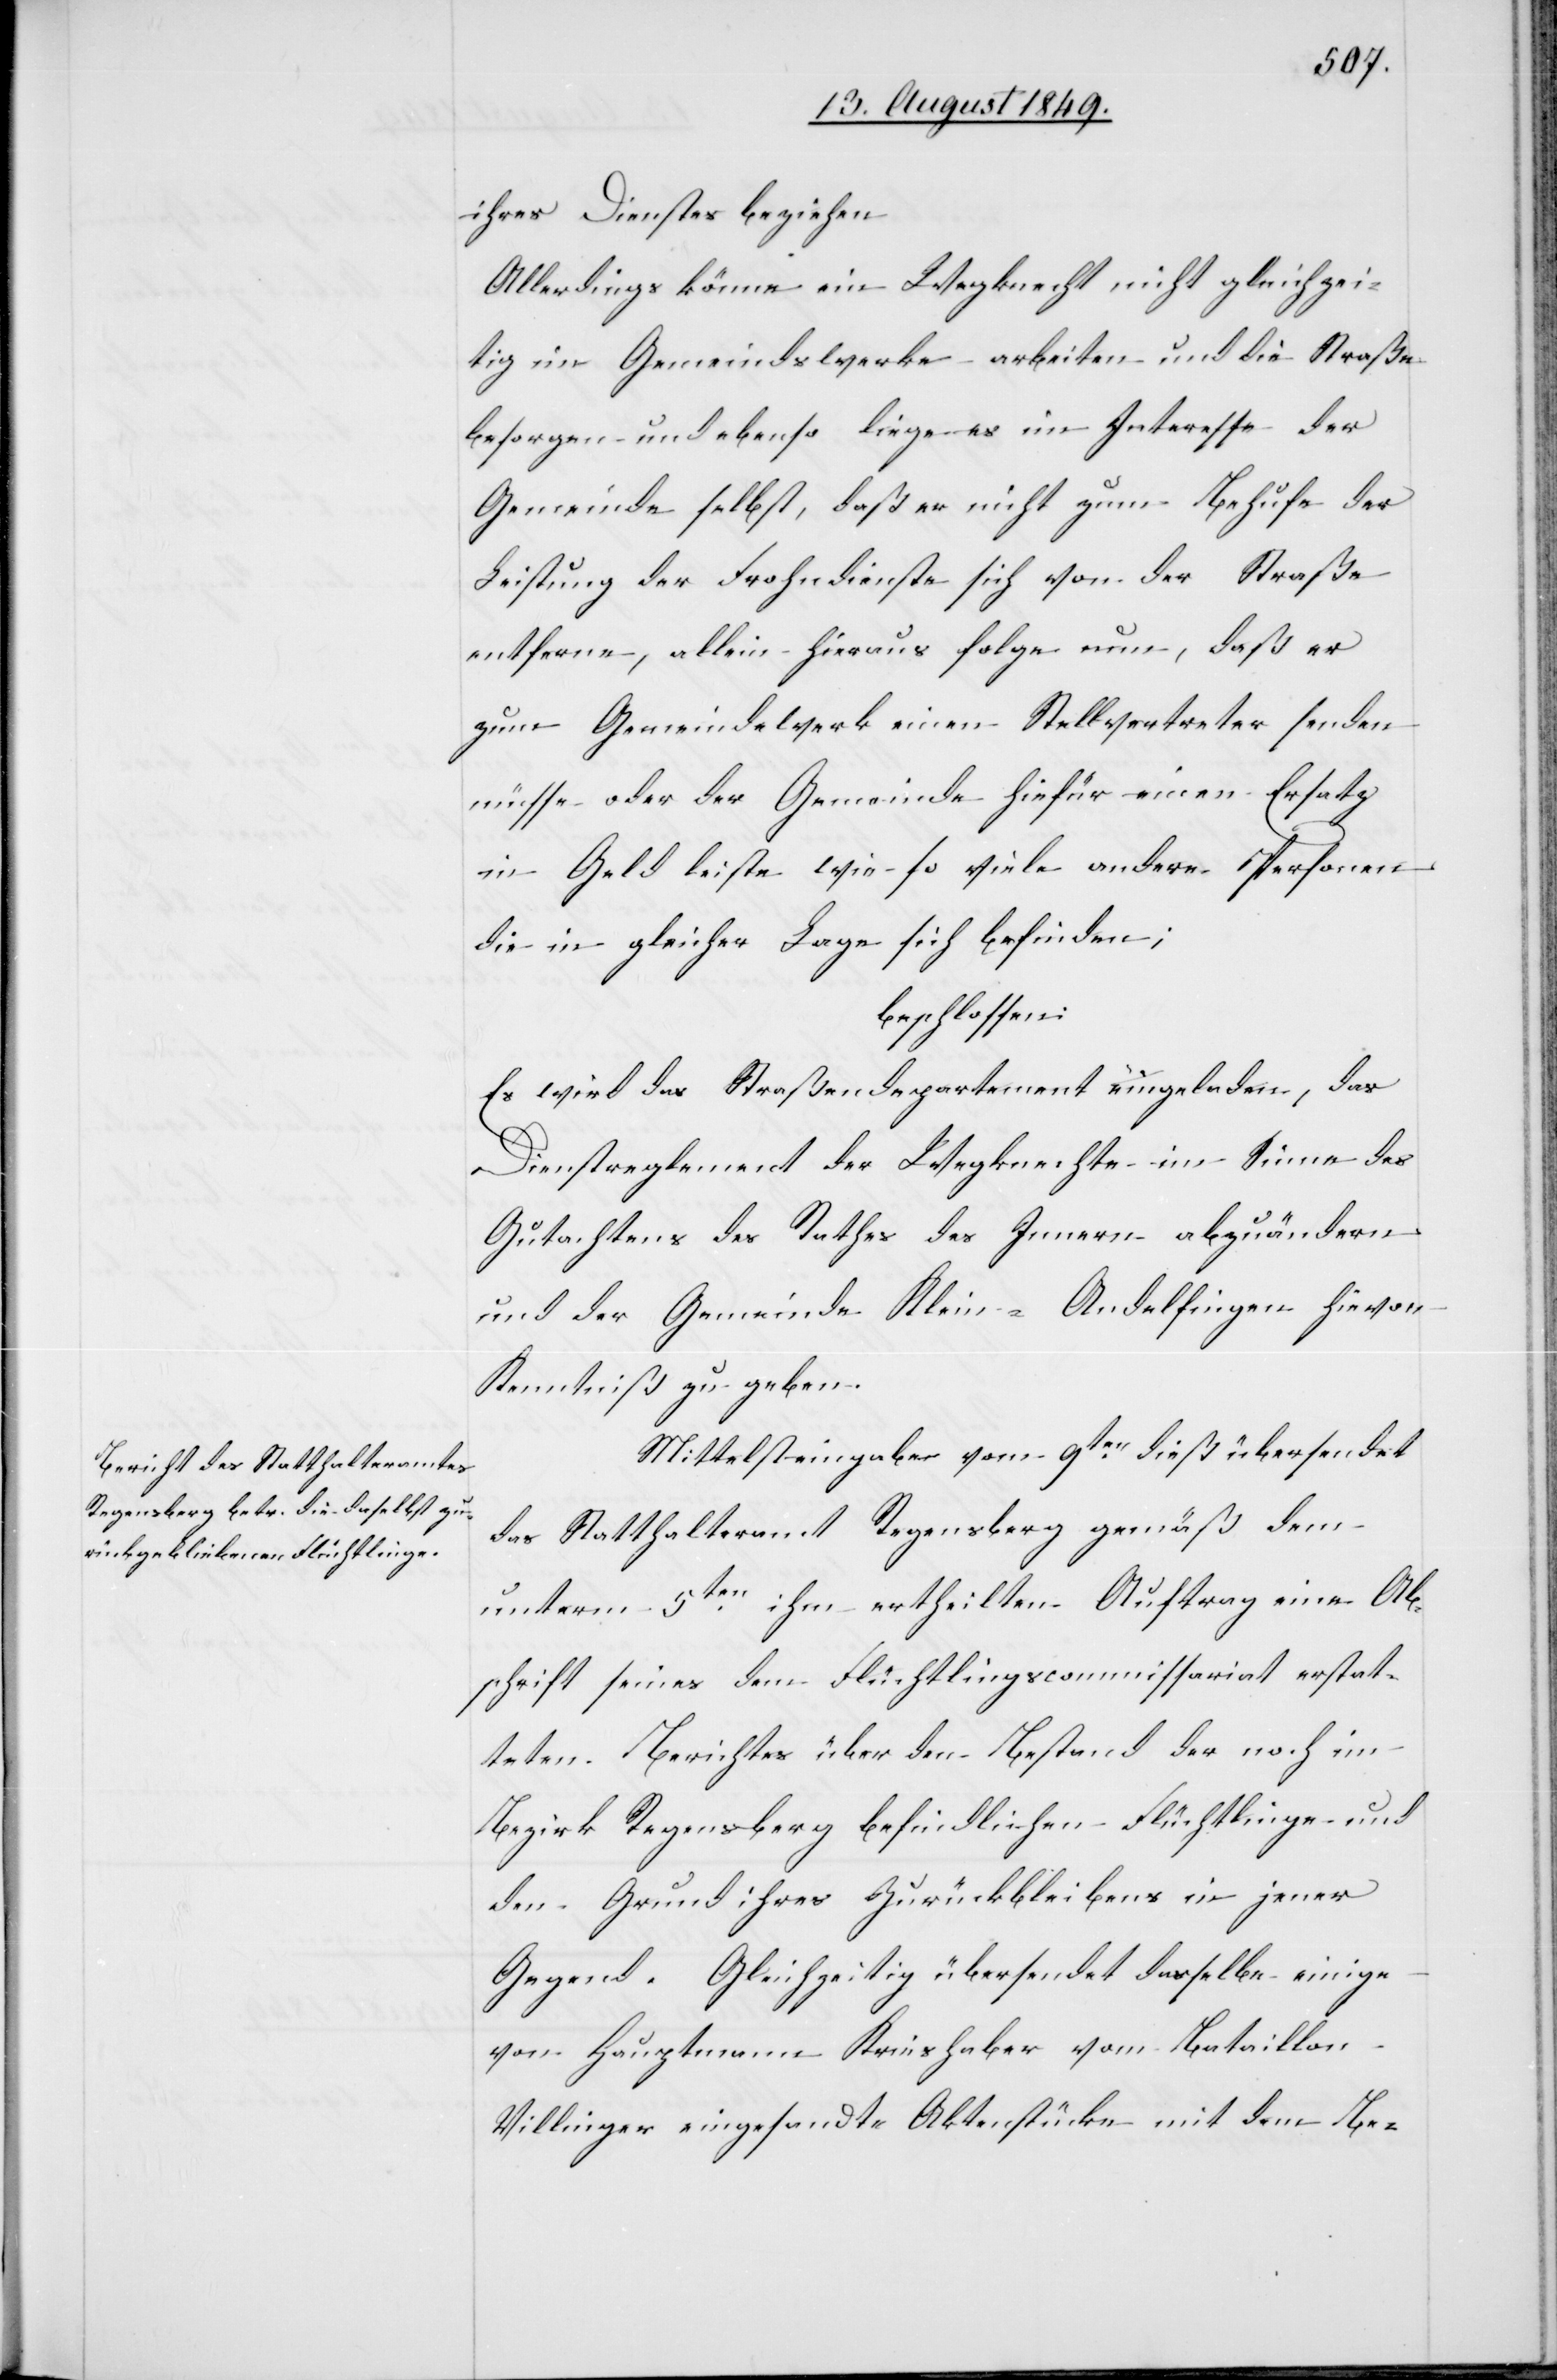
ihres Dienstes beziehen
Allerdings könne ein Wegknecht nicht gleichzei¬
tig ein Gemeindswerke arbeiten und die Straße
besorgen und ebenso liege es im Interesse der
Gemeinde selbst, daß er nicht zum Behufe der
Leistung der Frohndienste sich von der Straße
entferne, allein hieraus folge nun, daß er
zum Gemeindewerk einen Stellvertreter senden
müsse oder der Gemeinde hiefür einen Ersatz
in Geld leiste wie so viele andere Personen
die in gleicher Lage sich befinden;
beschlossen:
Es wird das Straßendepartement eingeladen, das
Dienstreglement der Wegknechte im Sinne des
Gutachtens des Rathes des Innern abzuändern
und der Gemeinde Klein-Andelfingen hievon
Kenntniß zu geben.
Mittelst eingabe [sic!] vom 9ten dieß übersendet
das Statthalteramt Regensberg gemäß dem
unterm 5ten ihm ertheilten Auftrag eine Ab¬
schrift seines dem Flüchtlingscommissariat erstat¬
teten Berichtes über den Bestand der noch im
Bezirk Regensberg befindlichen Flüchtlinge und
den Grund ihres Zurückbleibens in jener
Gegend. Gleichzeitig übersendet dasselbe einige
von Hauptmann Kreishaber vom Bataillon
Villinger eingesandte Aktenstücke mit dem Be-